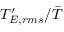
T _ { E , r m s } ^ { \prime } / \bar { T }